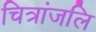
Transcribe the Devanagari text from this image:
चित्रांजलि